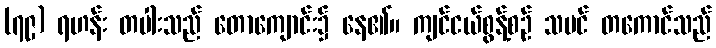
(၇၉) ရဟန်း တပါးသည် တောကျောင်း၌ နေ၏။ ကျင်ငယ်စွန့်စဉ် သမင် တကောင်သည်